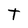
Character: T